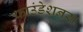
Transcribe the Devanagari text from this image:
फाउंडेशनस